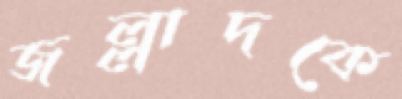
জল্লাদকে